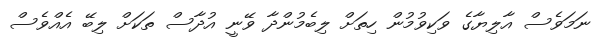
ނަމަވެސް އާލިޔާގެ ވަކިވުމުން ހިތަށް ލިބެމުންދާ ވޭނީ އުދާސް ތަކަށް ލިބޭ އެއްވެސް